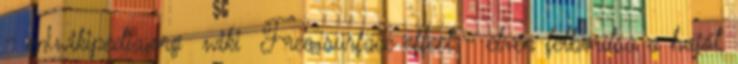
- en.wikipedia.org wiki Free surface effect - elvén felborítsa a hajót,